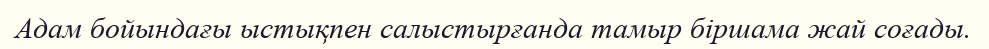
Адам бойындағы ыстықпен салыстырғанда тамыр біршама жай соғады.